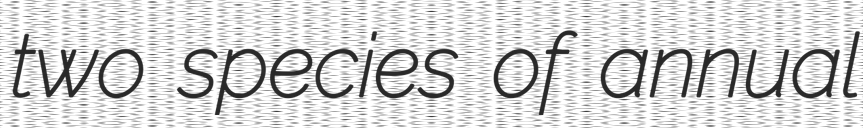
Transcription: two species of annual